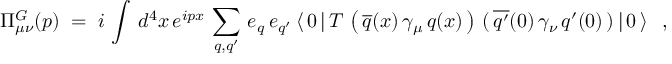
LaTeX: \Pi _ { \mu \nu } ^ { G } ( p ) \; = \; i \, \int \, d ^ { 4 } x \, e ^ { i p x } \, \sum _ { q , q ^ { \prime } } \, e _ { q } \, e _ { q ^ { \prime } } \, \langle \, 0 \, | \, T \, \left( \, \overline { { { q } } } ( x ) \, \gamma _ { \mu } \, q ( x ) \, \right) \, ( \, \overline { { { q ^ { \prime } } } } ( 0 ) \, \gamma _ { \nu } \, q ^ { \prime } ( 0 ) \, ) \, | \, 0 \, \rangle \; \; \, ,